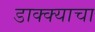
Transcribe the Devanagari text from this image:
डाक्क्याचा